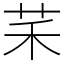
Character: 䒩